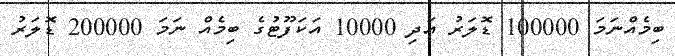
ބިމެއްނަމަ 100000 ޑޮލަރު އަދި 10000 އަކަފޫޓުގެ ބިމެއް ނަމަ 200000 ޑޮލަރު